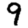
Digit: 9